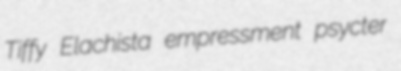
Tiffy Elachista empressment psycter